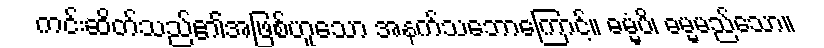
ကင်းဆိတ်သည်၏အဖြစ်ဟူသော အနက်သဘောကြောင့်။ ဓမ္မံပိ၊ ဓမ္မမည်သော။